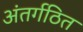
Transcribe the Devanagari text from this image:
अंतर्गठित